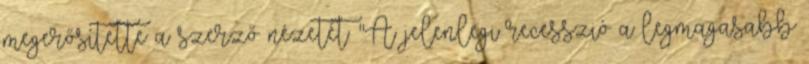
megerősítette a szerző nézetét: "A jelenlegi recesszió a legmagasabb